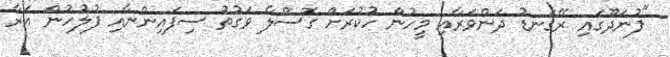
"ފުނަދޫގައި ރޭގަނޑު ދަންވަރާއި މީހުން ހުކުރަށް ގޮސްލާ ވަގުތު ސިފައިންނާއި ފުލުހުން އަރާ